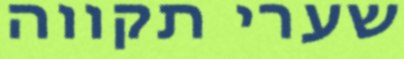
שערי תקווה